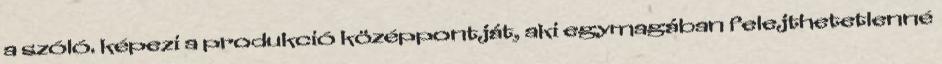
a szóló. képezi a produkció középpontját, aki egymagában felejthetetlenné